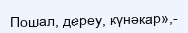
Пошал, дереу, күнәкар»,-